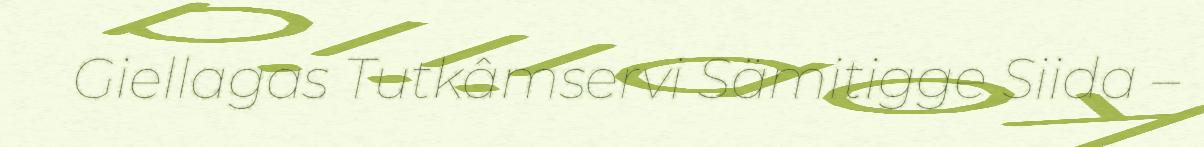
Giellagas Tutkâmservi Sämitigge Siida –